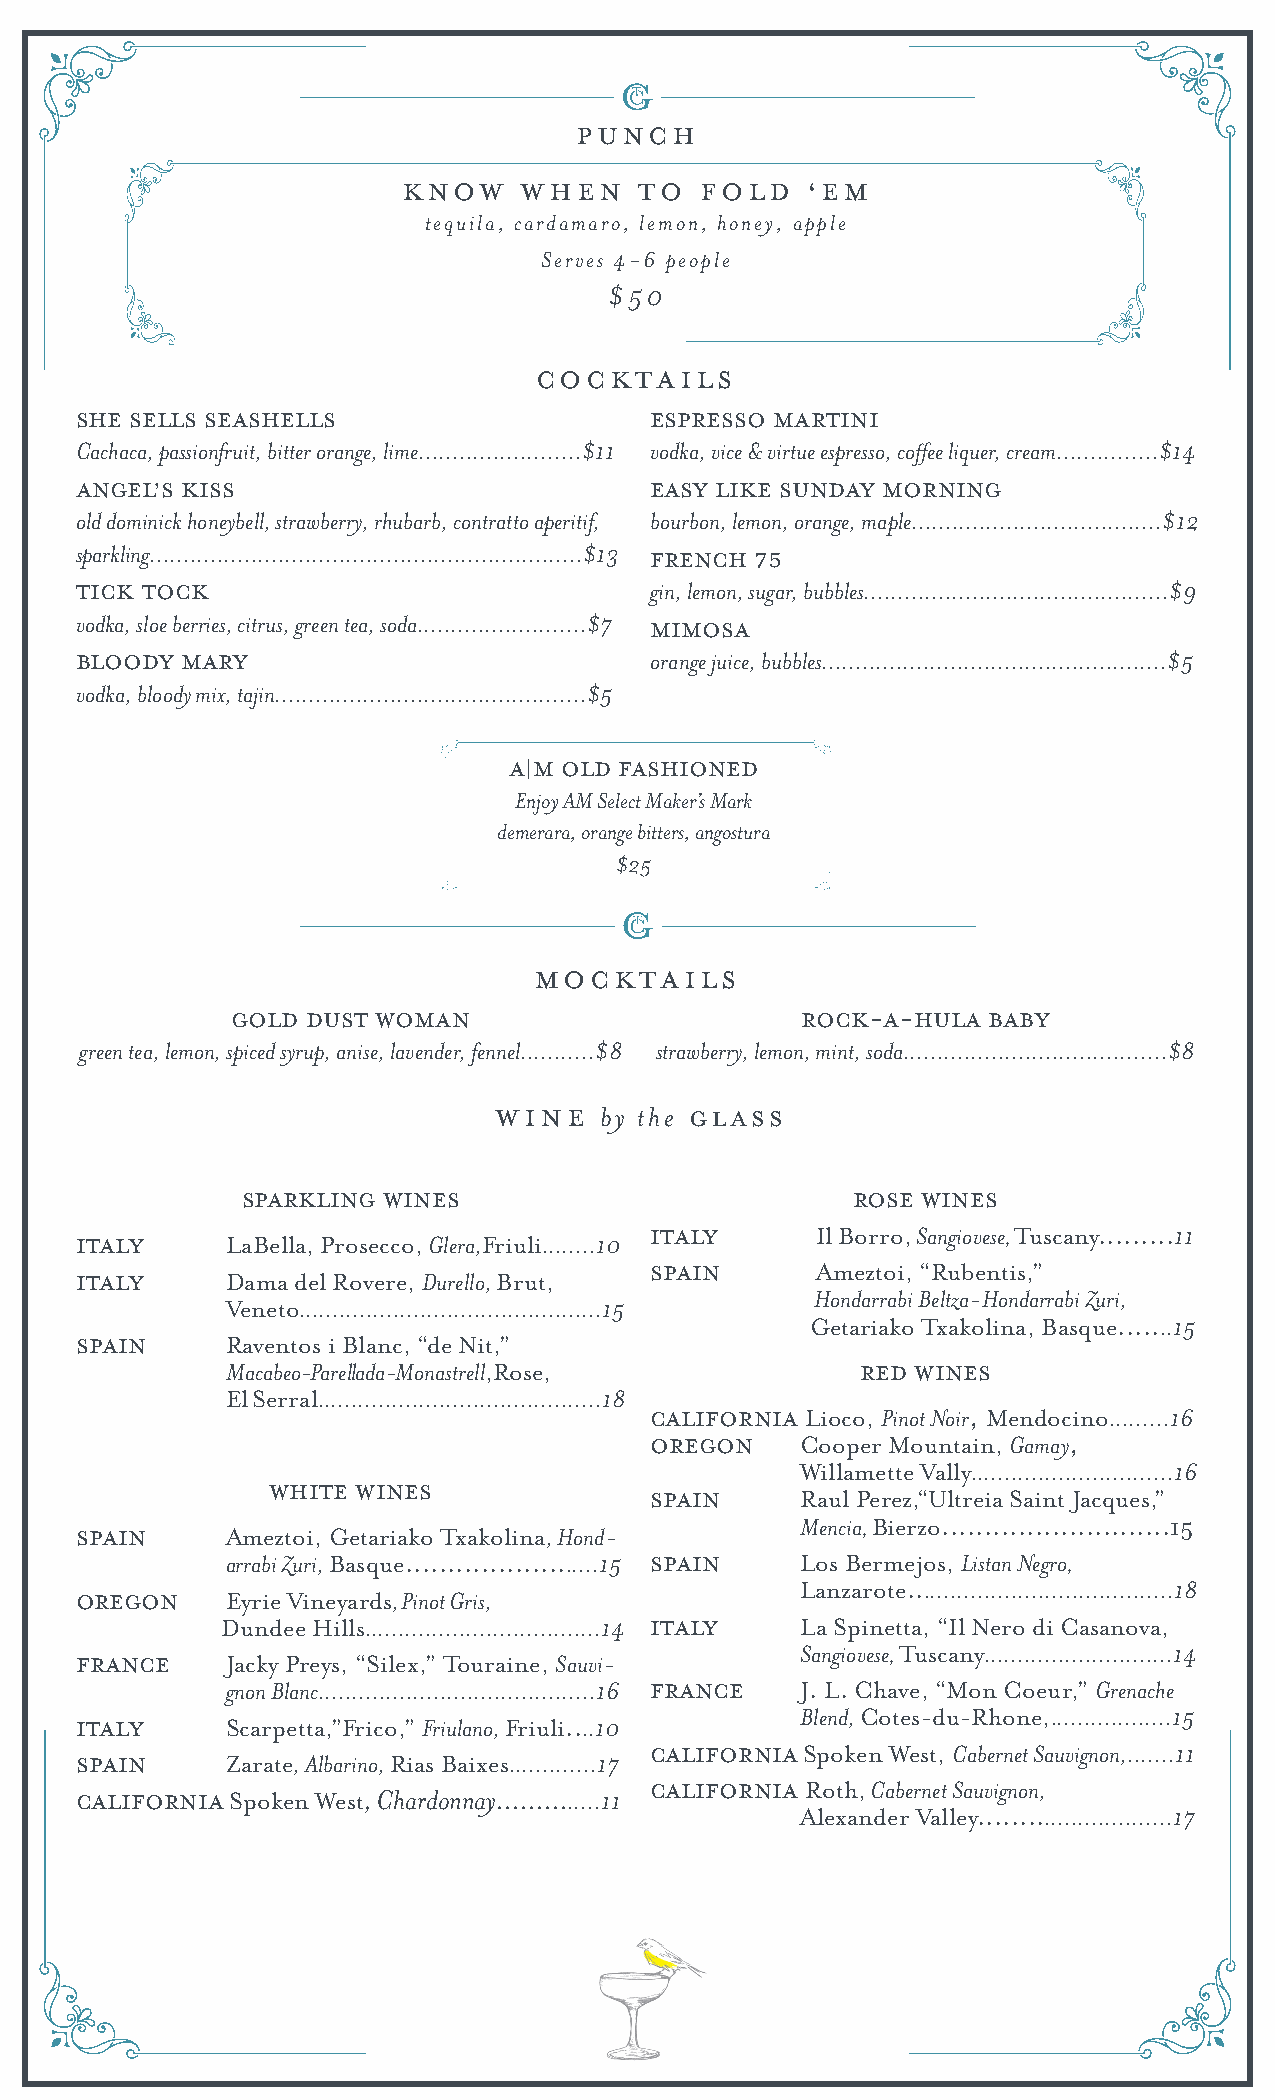
PUNCH
 know    when   to  fold   ‘em
 tequila, cardamaro, lemon, honey, apple
 Serves 4-6 people
 $50
 COCKTAILS
 She sells Seashells                   espresso Martini
 Cachaca, passionfruit, bitter orange, lime........................$11 vodka, vice & virtue espresso, coffee liquer, cream...............$14
 angel’s kiss                          easy like sunday morning
 old dominick honeybell, strawberry, rhubarb, contratto aperitif, bourbon, lemon, orange, maple.....................................$12
 sparkling................................................................$13 french 75
 tick tock                             gin, lemon, sugar, bubbles.............................................$9
 vodka, sloe berries, citrus, green tea, soda.........................$7 mimosa
 bloody mary                           orange juice, bubbles...................................................$5
 vodka, bloody mix, tajin..............................................$5
 a|m Old Fashioned
 Enjoy AM Select Maker’s Mark
 demerara, orange bitters, angostura
 $25
 mOCKTAILS
 gold dust woman                       Rock-a-Hula baby
 green tea, lemon, spiced syrup, anise, lavender, fennel...........$8 strawberry, lemon, mint, soda.......................................$8
 WINE   by the glass
 SPARKLING WINES                         ROSE WINES
 Italy     LaBella, Prosecco, Glera,Friuli........10
 italy      Il Borro, Sangiovese, Tuscany.........11
 Italy     Dama del Rovere, Durello, Brut,
 Spain      Ameztoi, “Rubentis,”
 Hondarrabi Beltza-Hondarrabi Zuri,
 Veneto.............................................15
 Getariako Txakolina, Basque.......15
 SPAIN     Raventos i Blanc, “de Nit,”
 Macabeo-Parellada-Monastrell,R ose,       RED WINES
 El Serral..........................................18
 California Lioco, Pinot Noir, Mendocino.........16
 Oregon    Cooper Mountain, Gamay,
 Willamette Vally..............................16
 WHITE WINES
 spain     Raul Perez,“Ultreia Saint Jacques,”
 spain     Ameztoi, Getariako Txakolina, Hond-
 Mencia, Bierzo...........................15
 arrabi Zuri, Basque........................15 spain Los Bermejos, Listan Negro,
 Lanzarote.......................................18
 oregon    Eyrie Vineyards, Pinot Gris,
 Dundee Hills...................................14 Italy La Spinetta, “Il Nero di Casanova,
 France    Jacky Preys, “Silex,” Touraine, Sauvi-
 Sangiovese, Tuscany............................14
 gnon Blanc.........................................16 France J. L. Chave, “Mon Coeur,” Grenache
 Blend, Cotes-du-Rhone,..................15
 italy     Scarpetta,”Frico,” Friulano, Friuli....10
 california Spoken West, Cabernet Sauvignon,.......11
 Spain     Zarate, Albarino, Rias Baixes.............17
 california Spoken West, Chardonnay..............11
 california Roth, Cabernet Sauvignon,
 Alexander Valley...........................17